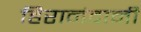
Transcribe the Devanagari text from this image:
हिरानंदानी